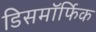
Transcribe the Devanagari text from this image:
डिसमॉर्फिक